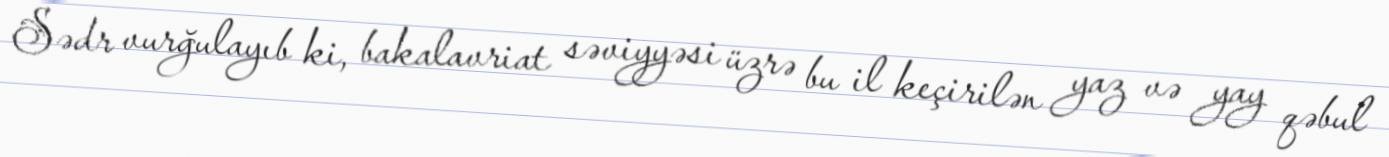
Sədr vurğulayıb ki, bakalavriat səviyyəsi üzrə bu il keçirilən yaz və yay qəbul